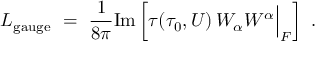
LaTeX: { \cal L } _ { \mathrm { g a u g e } } \ = \ { \frac { 1 } { 8 \pi } } \mathrm { I m } \left[ \tau ( \tau _ { 0 } , U ) \, W _ { \alpha } W ^ { \alpha } \Big | _ { F } \right] \ .